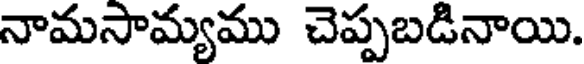
నామసామ్యము చెప్పబడినాయి.